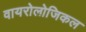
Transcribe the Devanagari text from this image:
वायरोलोजिकल